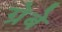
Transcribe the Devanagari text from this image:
ग्रेबे